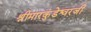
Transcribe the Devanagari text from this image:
श्रीमारकुंडेश्वरजी